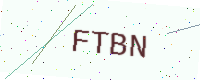
Text: FTBN